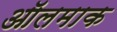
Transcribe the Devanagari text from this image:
ऑलमाक